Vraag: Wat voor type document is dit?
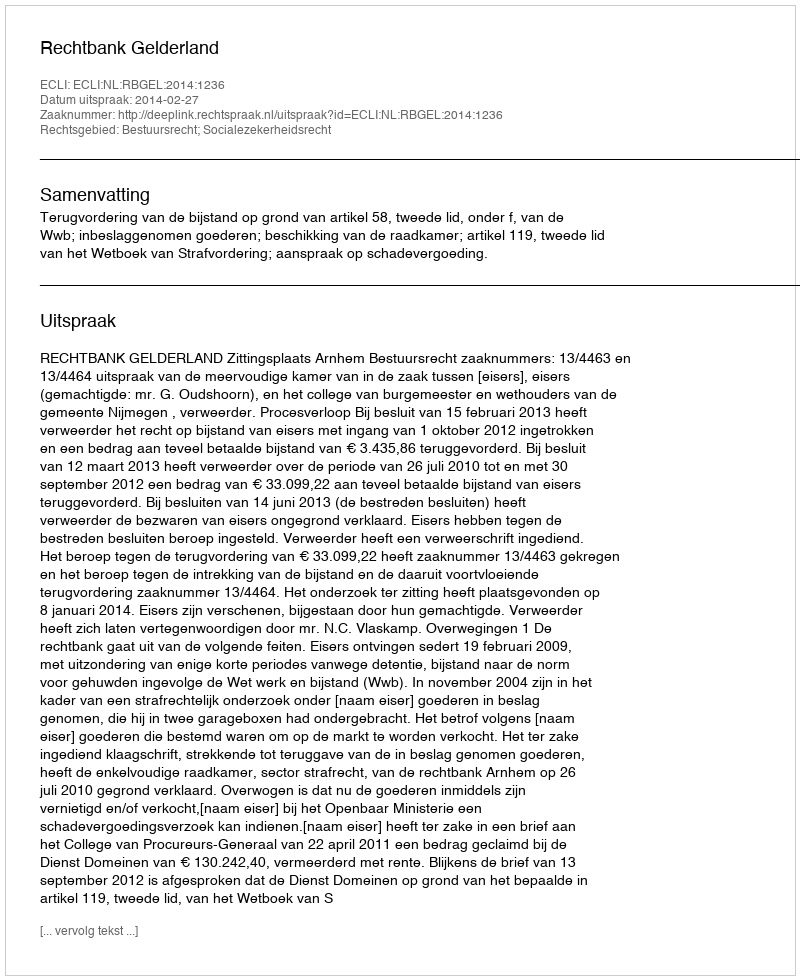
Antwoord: Uitspraak